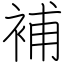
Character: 補